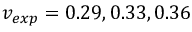
v _ { e x p } = 0 . 2 9 , 0 . 3 3 , 0 . 3 6